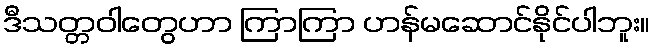
ဒီသတ္တဝါတွေဟာ ကြာကြာ ဟန်မဆောင်နိုင်ပါဘူး။